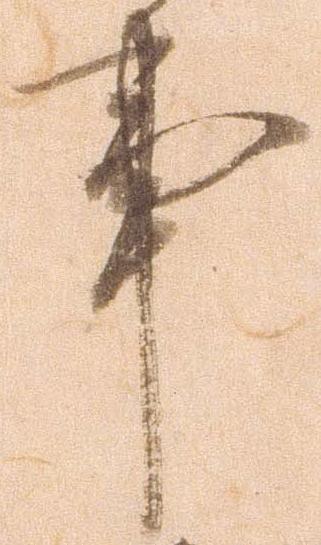
事